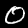
Digit: 0